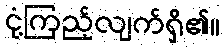
ငုံ့ကြည့်လျက်ရှိ၏။